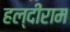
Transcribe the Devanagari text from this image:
हल्दीराम